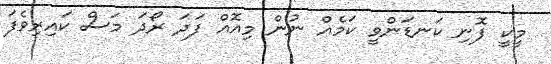
މީކީ ފޮނި ކަނޑަންވީ ކަމެއް ނުން މިއޮއް ފަދަ ރޯދަ މަސް ކައިރިވެފަ